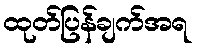
ထုတ်ပြန်ချက်အရ